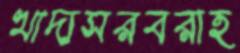
খাদ্যসরবরাহ